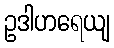
ဥဒါဟရေယျ